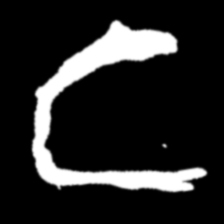
Pyu character \u2014 Myanmar letter: င (romanized: nga)